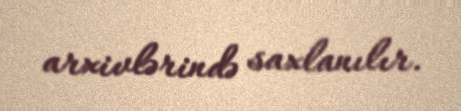
arxivlərində saxlanılır.